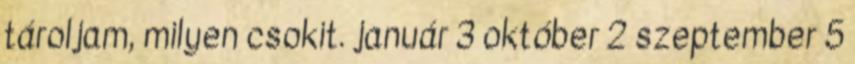
tároljam, milyen csokit. január 3 október 2 szeptember 5